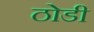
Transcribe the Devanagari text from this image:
ठोडी